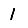
Digit: 1